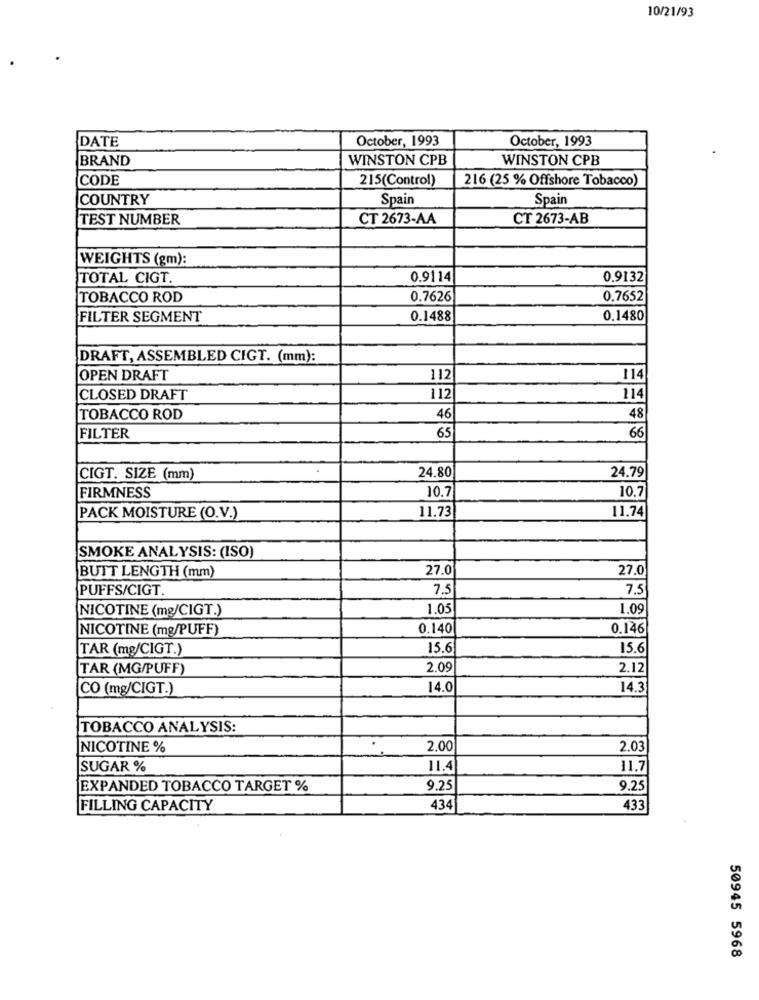
10/21/93
DATE
October, 1993
October, 1993
BRAND
WINSTON CPB
WINSTON CPB
CODE
215(Control)
216 (25 % Offshore Tobacco)
COUNTRY
Spain
Spain
TEST NUMBER
CT 2673-AA
CT 2673-AB
WEIGHTS (gm):
TOTAL CIGT.
0.9114
0.9132
TOBACCO ROD
0.7626
0.7652
FILTER SEGMENT
0.1488
0.1480
DRAFT, ASSEMBLED CIGT. (mm):
OPEN DRAFT
112
11
CLOSED DRAFT
112
114
TOBACCO ROD
46
48
66
FILTER
65
4
CIGT. SIZE (mm)
24.80
24.79
10.7
10.7
FIRMNESS
PACK MOISTURE (O.V.)
11.73
11.74
SMOKE ANALYSIS: (ISO)
27.0
27.0
BUTT LENGTH (mm)
PUFFS/CIGT.
7.5
7.5
NICOTINE (mg/CIGT.)
1.05
1.09
NICOTINE (mg/PUFF)
0.140
0.146
TAR (mg/CIGT.)
15.6
15.6
TAR (MG/PUFF)
2.09
2.12
CO (mg/CIGT.)
14.0
14.3
TOBACCO ANALYSIS:
NICOTINE %
2,00
2.03
SUGAR %
11.4
11.7
EXPANDED TOBACCO TARGET %
9.25
9.25
FILLING CAPACITY
434
433
50945 5968